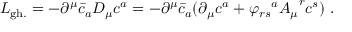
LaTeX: { \cal { L } } _ { \mathrm { g h . } } = - { \partial } ^ { \mu } { \bar { c } } _ { a } D _ { \mu } { c ^ { a } } = - { \partial } ^ { \mu } { \bar { c } } _ { a } ( { \partial } _ { \mu } c ^ { a } + { \varphi _ { r s } } ^ { a } { A _ { \mu } } ^ { r } { c ^ { s } } ) ~ .